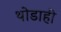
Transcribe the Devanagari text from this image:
थोडाही